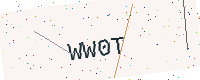
Text: WW0T